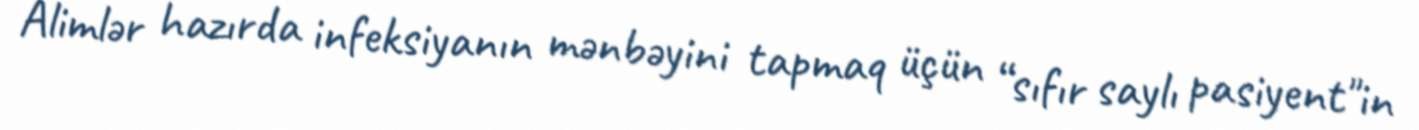
Alimlər hazırda infeksiyanın mənbəyini tapmaq üçün “sıfır saylı pasiyent"in